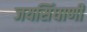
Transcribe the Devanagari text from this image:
जयसिंघाणी